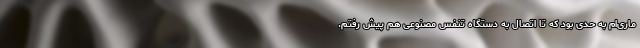
ماری‌ام به حدی بود که تا اتصال به دستگاه تنفس مصنوعی هم پیش رفتم.